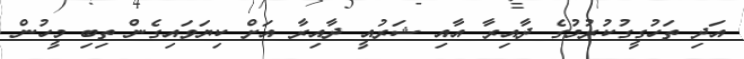
އަދި ތަހުގީގުކުރުމުގެ ދާއިރާ އާއި ޝަރުއީ ދާއިރާ އަށް ކިޔަވައިގެން ތިބި މީހުން